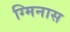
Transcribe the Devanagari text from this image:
ग्मिनास